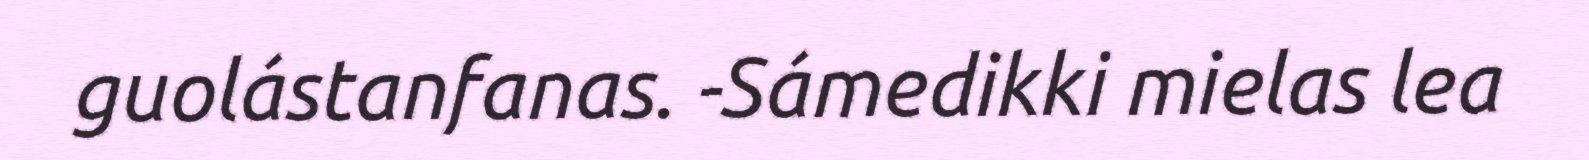
guolástanfanas. -Sámedikki mielas lea